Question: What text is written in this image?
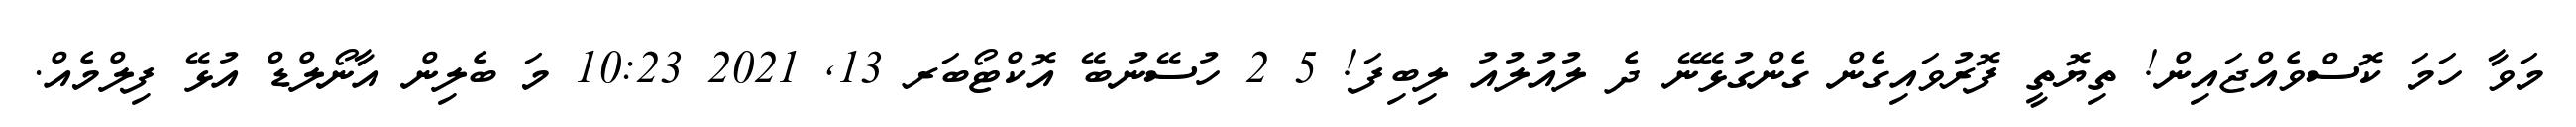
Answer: މަވާ ހަމަ ކޮސްވެއްޖައިން! ތިޔޮތީ ފޮރުވައިގެން ގެންގުޅޭނޭ ދެ ލުއުލުއު ލިބިފަ! 5 2 ހުސޭނުބޭ އޮކްޓޯބަރ 13, 2021 10:23 މަ ބެލިން އާނޯލްޑް އުޅޭ ފިލްމެއް.